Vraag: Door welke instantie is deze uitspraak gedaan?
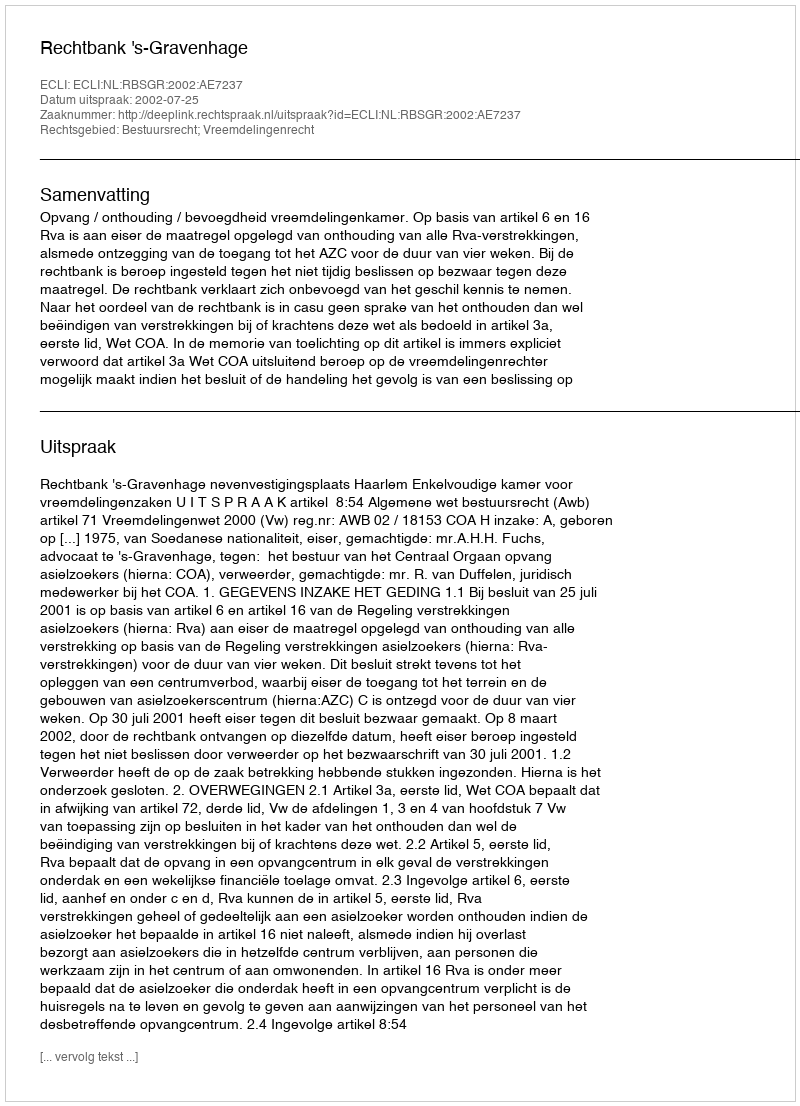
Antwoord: Rechtbank 's-Gravenhage